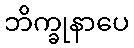
ဘိက္ခုနာပေ